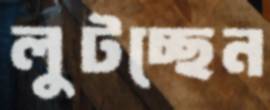
লুটচ্ছেন